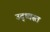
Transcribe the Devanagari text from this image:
उद्‌ध्‍वस्त